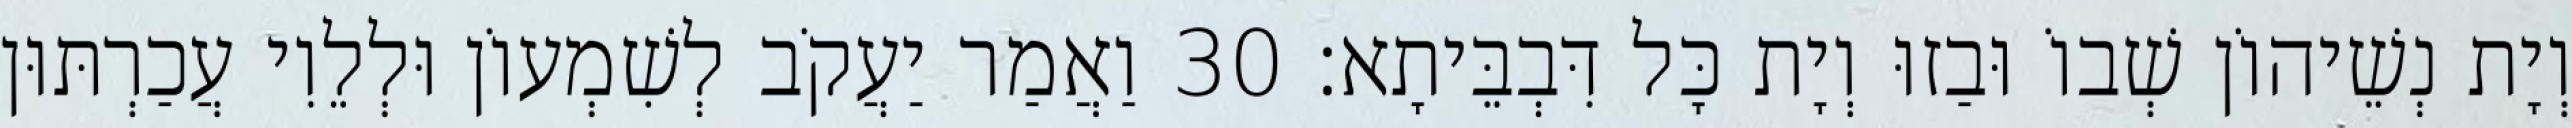
וְיָת נְשֵׁיהוֹן שְׁבוֹ וּבַזוּ וְיָת כָּל דִּבְבֵּיתָא׃ 30 וַאֲמַר יַעֲקֹב לְשִׁמְעוֹן וּלְלֵוִי עֲכַרְתּוּן